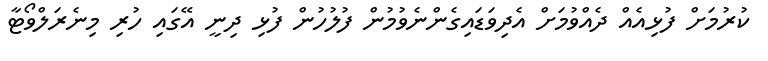
ކުރުމަށް ފުޅިއެއް ދެއްވުމަށް އެދިވަޑައިގެންނެވުމުން ފުލުހުން ފުޅި ދިނީ އޭގައި ހުރި މިނެރަލްވޯޓާ